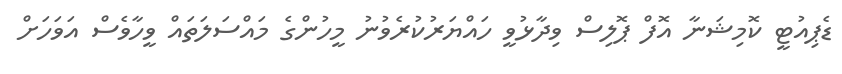
ޑެޕިއުޓީ ކޮމިޝަނާ އޮފް ޕޮލިސް ވިދާޅުވީ ހައްޔަރުކުރެވުނު މީހުންގެ މައްސަލަތައް ވީހާވެސް އަވަހަށް